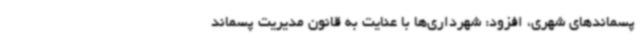
پسماندهای شهری، افزود: شهرداری‌ها با عنایت به قانون مدیریت پسماند